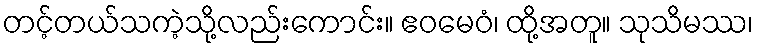
တင့်တယ်သကဲ့သို့လည်းကောင်း။ ဧဝမေဝံ၊ ထို့အတူ။ သုသိမဿ၊